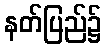
နတ်ပြည်၌